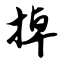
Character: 掉